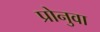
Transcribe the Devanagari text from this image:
प्रोनुवा